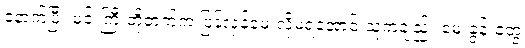
နောက်ပြီး မင်းကြီးတို့ဘက်က ပြန်လှန်မေးလို့မရအောင် သူကချည်း မေးခွန်းတွေ